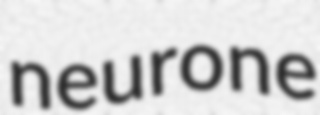
neurone